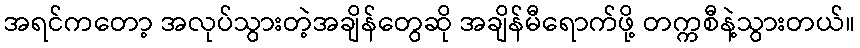
အရင်ကတော့ အလုပ်သွားတဲ့အချိန်တွေဆို အချိန်မီရောက်ဖို့ တက္ကစီနဲ့သွားတယ်။